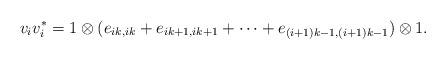
LaTeX: \begin{align*}v_iv_i^* = 1\otimes (e_{ik,ik} + e_{ik+1,ik+1} + \cdots + e_{(i+1)k-1, (i+1)k -1})\otimes 1.\end{align*}